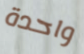
واحدة